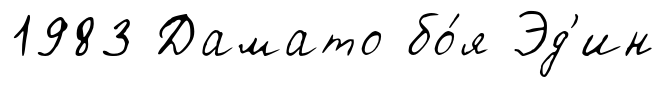
1983 Дамато бо́я Эд'ин